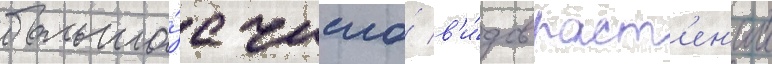
большо́е число́ в'и́дов раст'ен'ии